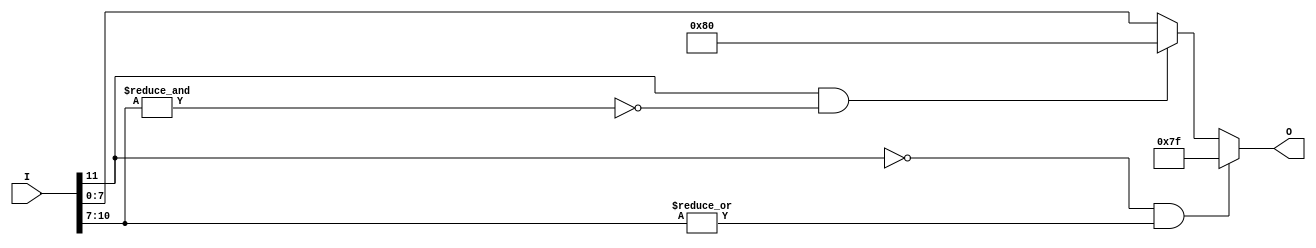
// Reduce a net's width
module reduceWidth #(
    parameter IWIDTH = 12,
    parameter OWIDTH = 8) (
    input  wire [IWIDTH-1:0] I,
    output reg  [OWIDTH-1:0] O);

wire signBit;
assign signBit = I[IWIDTH-1];
wire [IWIDTH-OWIDTH-1:0] checkBits;
assign checkBits = I[IWIDTH-2-:IWIDTH-OWIDTH];

always @(I, signBit, checkBits) begin
    if ((signBit == 1'b0) && (|checkBits == 1'b1)) begin
        O = {1'b0, {OWIDTH-1{1'b1}}};
    end
    else if ((signBit == 1'b1) && (&checkBits != 1'b1)) begin
        O = {1'b1, {OWIDTH-1{1'b0}}};
    end
    else begin
        O = I[OWIDTH-1:0];
    end
end
endmodule